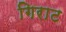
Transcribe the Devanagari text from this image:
गिराट